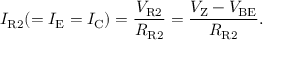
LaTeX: I _ { \mathrm { R 2 } } ( = I _ { \mathrm { E } } = I _ { \mathrm { C } } ) = { \frac { V _ { \mathrm { R 2 } } } { R _ { \mathrm { R 2 } } } } = { \frac { V _ { \mathrm { Z } } - V _ { \mathrm { B E } } } { R _ { \mathrm { R 2 } } } } .